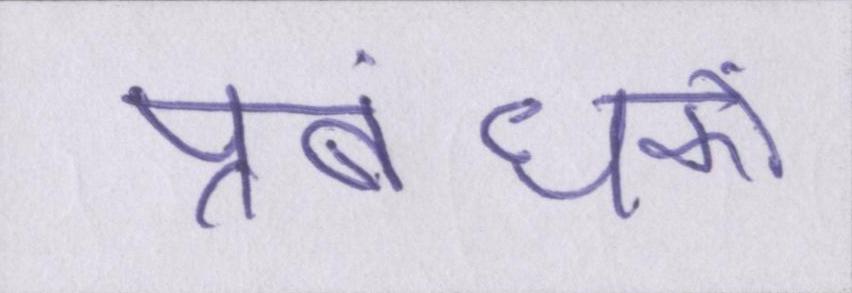
प्रबंधकों